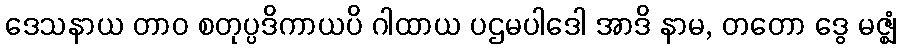
ဒေသနာယ တာဝ စတုပ္ပဒိကာယပိ ဂါထာယ ပဌမပါဒေါ အာဒိ နာမ, တတော ဒွေ မဇ္ဈံ